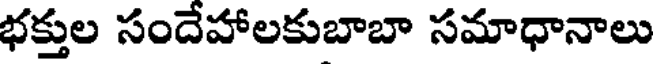
భక్తుల సందేహాలకుబాబా సమాధానాలు